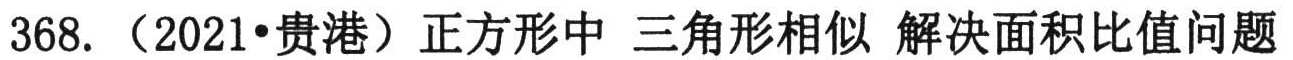
368. （2021•贵港）正方形中 三角形相似 解决面积比值问题